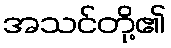
အသင်တို့၏